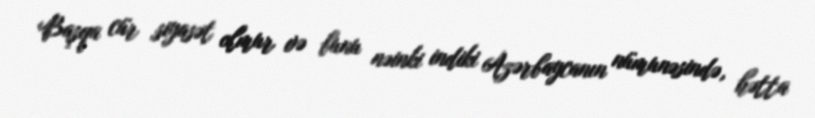
Başqa cür siyasət olmur və bunu nəinki indiki Azərbaycanın nümunəsində, hətta